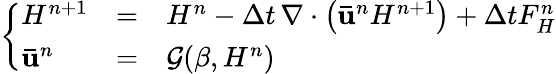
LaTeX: \left\{ \begin{array}{lll}{H^{n+1}}&{=}&{H^{n}-\Delta t\, \nabla\cdot\left(\mathbf{\bar{u}}^{n}H^{n+1}\right)+\Delta tF_{H}^{n}}\\ {\mathbf{\bar{u}}^{n}}&{=}&{\mathcal G(\beta,H^{n})}\end{array}\right.